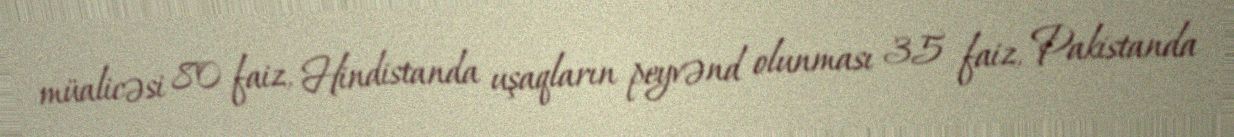
müalicəsi 80 faiz, Hindistanda uşaqların peyvənd olunması 35 faiz, Pakistanda